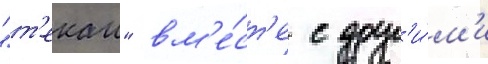
"т'екаи" вм'е́ст'е с друг'и́м'и